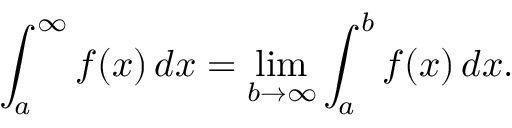
\int _ { a } ^ { \infty } f ( x ) \, d x = \operatorname* { l i m } _ { b \to \infty } \int _ { a } ^ { b } f ( x ) \, d x .